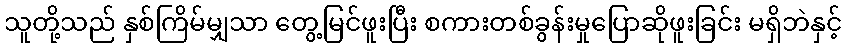
သူတို့သည် နှစ်ကြိမ်မျှသာ တွေ့မြင်ဖူးပြီး စကားတစ်ခွန်းမှုပြောဆိုဖူးခြင်း မရှိဘဲနှင့်